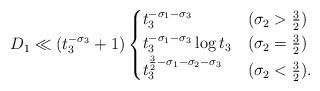
LaTeX: \begin{align*}D_1 \ll ( t_3^{-\sigma_3} +1 )\begin{cases}t_3^{-\sigma_1-\sigma_3} & (\sigma_2>\frac{3}{2}) \\t_3^{-\sigma_1-\sigma_3} \log t_3 & (\sigma_2=\frac{3}{2}) \\t_3^{\frac{3}{2}-\sigma_1-\sigma_2-\sigma_3} & (\sigma_2<\frac{3}{2}). \\\end{cases}\end{align*}